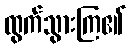
ထွက်သွားကြ၏